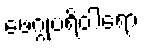
ဖေဂ္ဂုပရိဝါရော